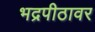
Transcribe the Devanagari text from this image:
भद्रपीठावर